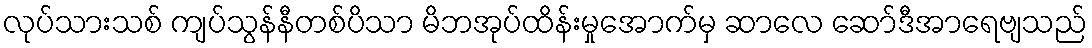
လုပ်သားသစ် ကျပ်သွန်နီတစ်ပိသာ မိဘအုပ်ထိန်းမှုအောက်မှ ဆာလေ ဆော်ဒီအာရေဗျသည်